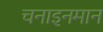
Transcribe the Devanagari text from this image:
चनाइनमान